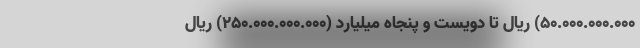
۵۰.۰۰۰.۰۰۰.۰۰۰) ریال تا دویست و پنجاه میلیارد (۲۵۰.۰۰۰.۰۰۰.۰۰۰) ریال